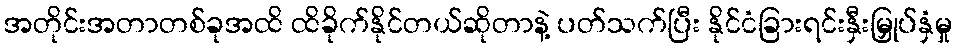
အတိုင်းအတာတစ်ခုအထိ ထိခိုက်နိုင်တယ်ဆိုတာနဲ့ ပတ်သက်ပြီး နိုင်ငံခြားရင်းနှီးမြှုပ်နှံမှု